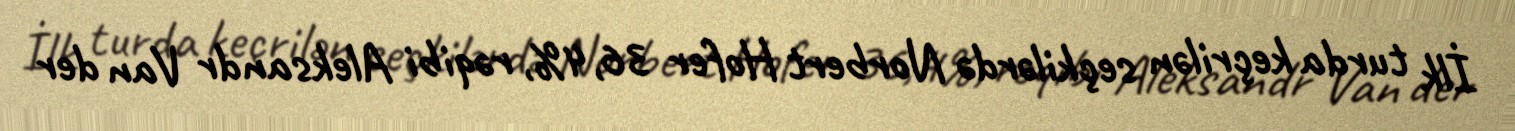
İlk turda keçrilən seçkilərdə Norbert Hofer 36,4%, rəqibi Aleksandr Van der